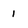
Character: 1